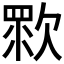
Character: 𣣴